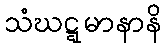
သံဃဋ္ဋမာနာနိ